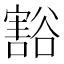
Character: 豁